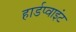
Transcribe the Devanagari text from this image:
हार्डप्वाइंट